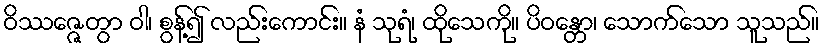
ဝိဿဇ္ဇေတွာ ဝါ၊ စွန့်၍ လည်းကောင်း။ နံ သုရံ၊ ထိုသေကို။ ပိဝန္တော၊ သောက်သော သူသည်။